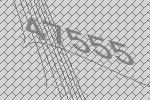
47555